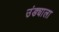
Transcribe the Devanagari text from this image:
उंड्याला